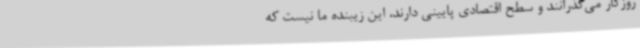
روزگار می‌گذرانند و سطح اقتصادی پایینی دارند، این زیبنده ما نیست که